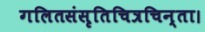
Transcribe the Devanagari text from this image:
गलितसंसृतिचित्रचिन्ता।